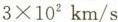
$$3\times10^{2}km/s$$